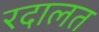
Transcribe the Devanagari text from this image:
रदालत